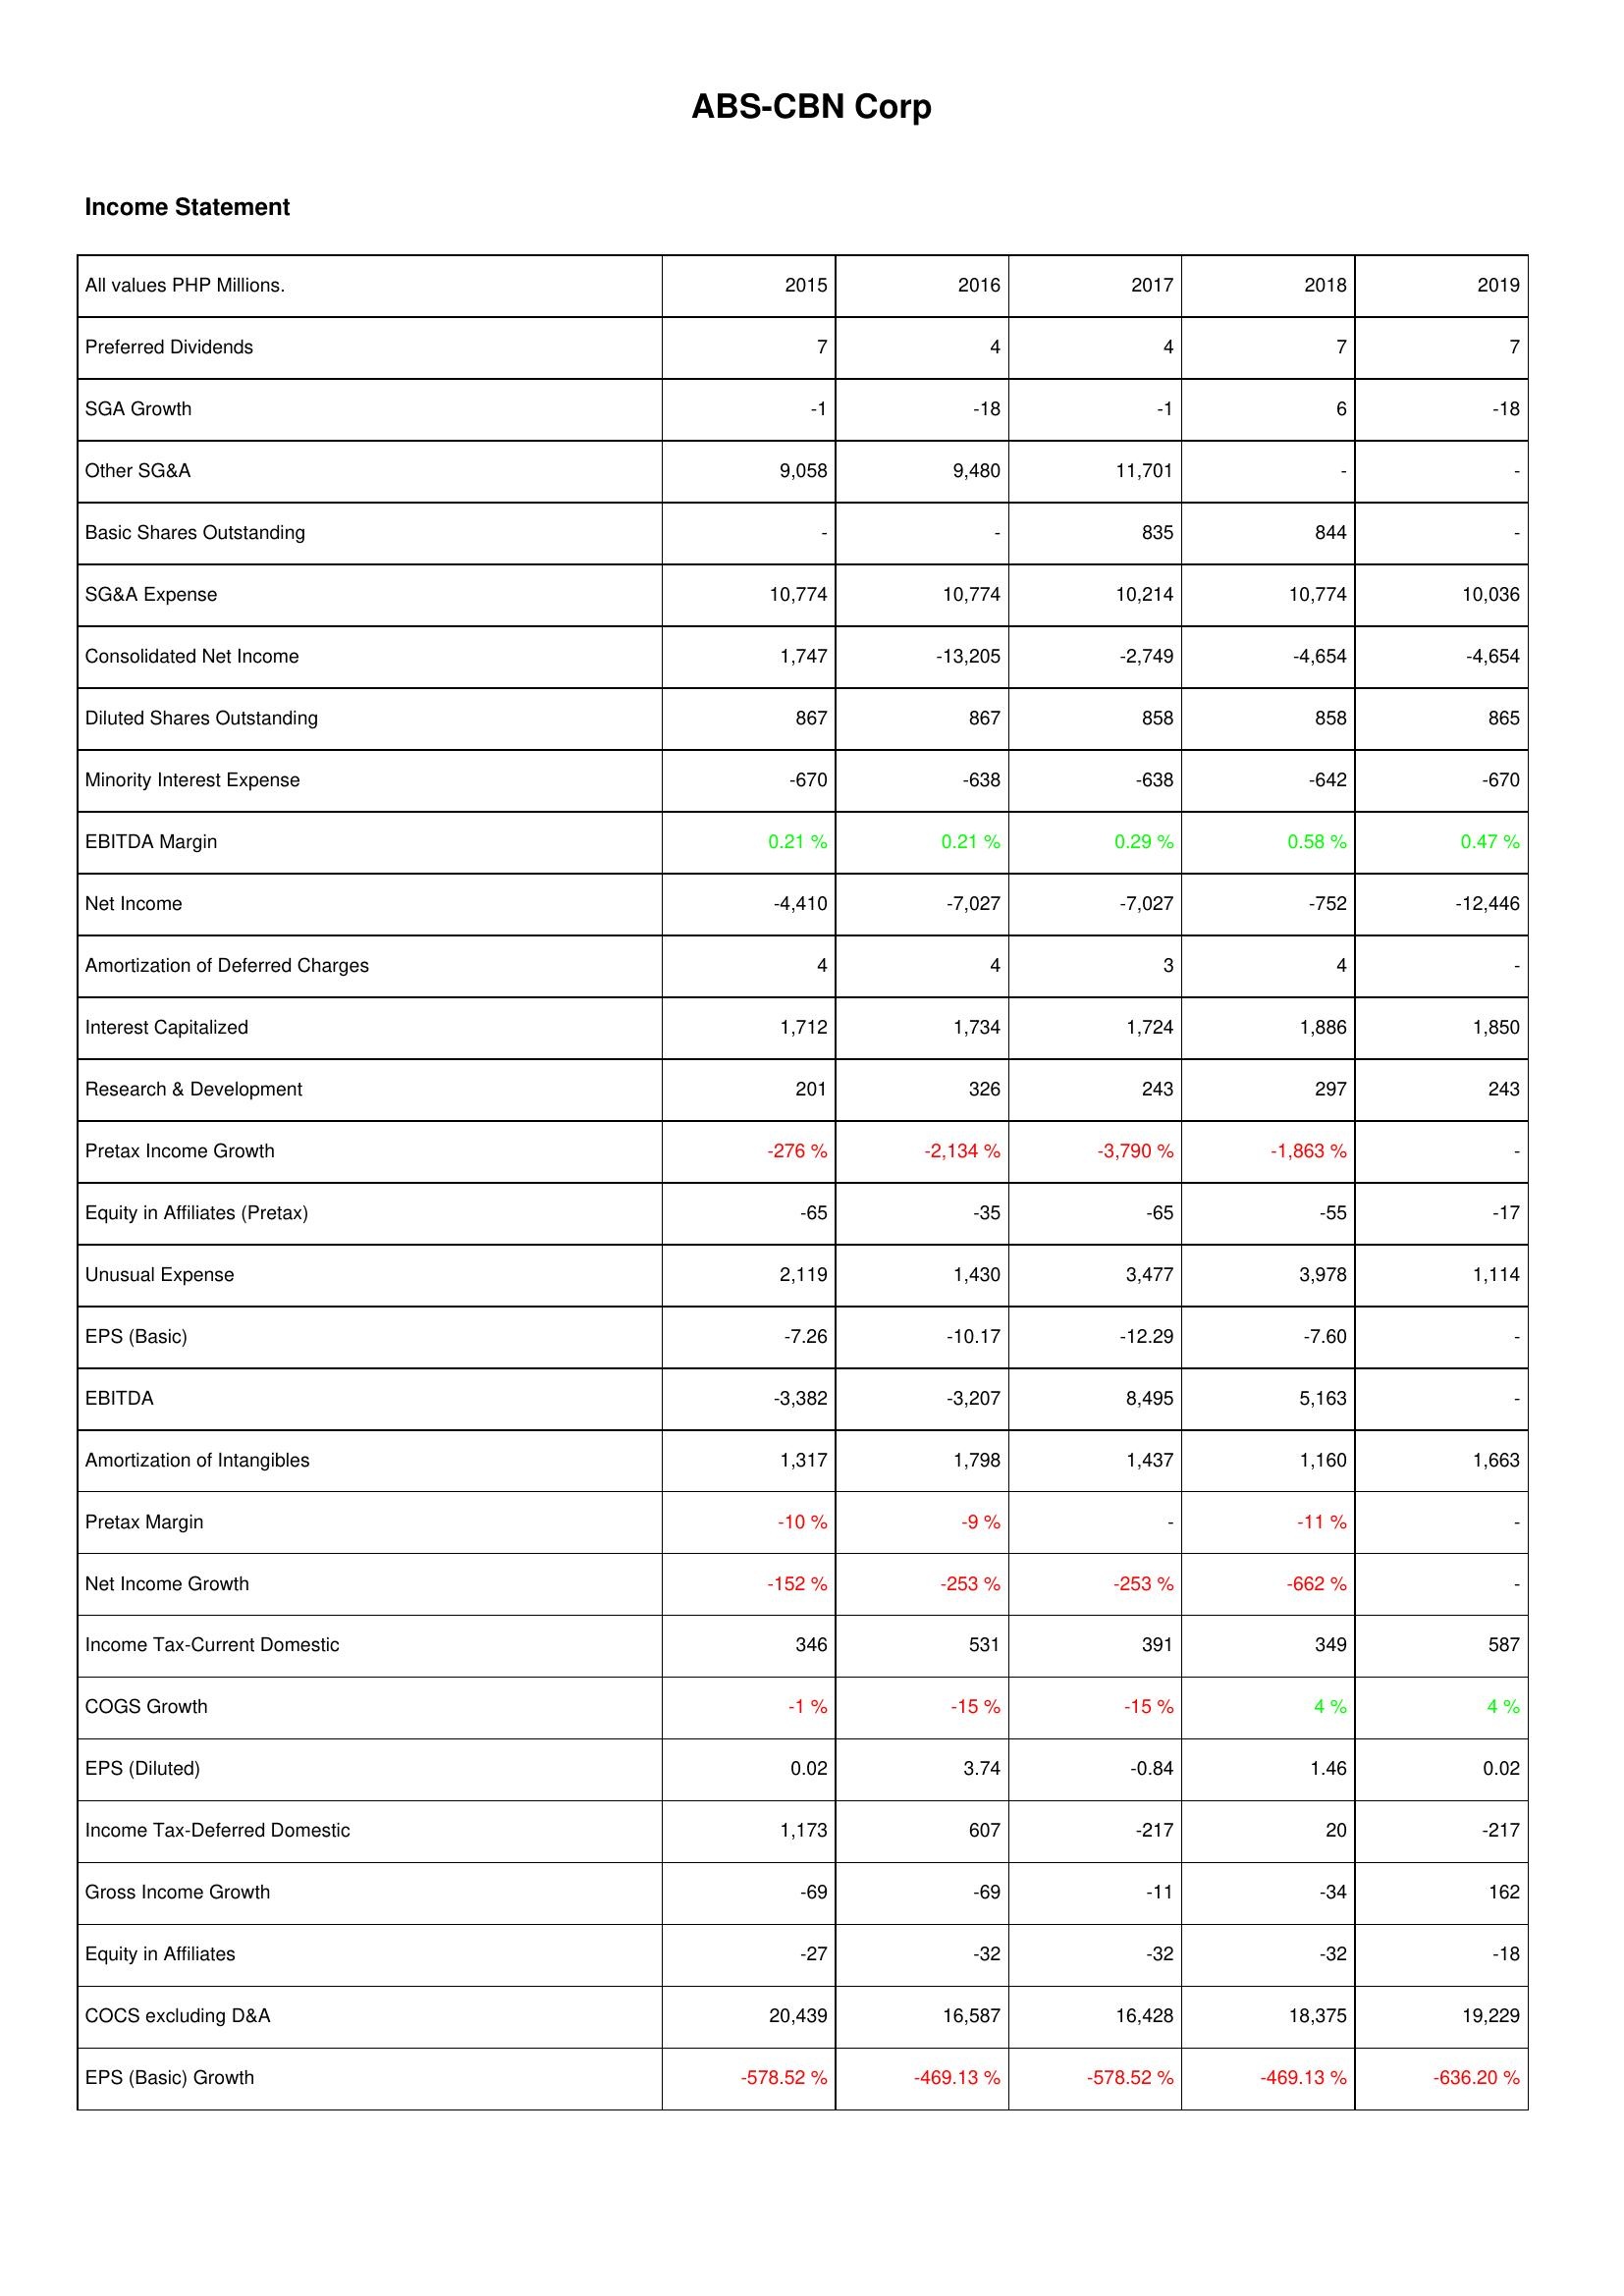
2015: Income Statement: Preferred Dividends: 7
SGA Growth: -1
Other SG&A: 9,058
Basic Shares Outstanding: -
SG&A Expense: 10,774
Consolidated Net Income: 1,747
Diluted Shares Outstanding: 867
Minority Interest Expense: -670
EBITDA Margin: 0.21 %
Net Income: -4,410
Amortization of Deferred Charges: 4
Interest Capitalized: 1,712
Research & Development: 201
Pretax Income Growth: -276 %
Equity in Affiliates (Pretax): -65
Unusual Expense: 2,119
EPS (Basic): -7.26
EBITDA: -3,382
Amortization of Intangibles: 1,317
Pretax Margin: -10 %
Net Income Growth: -152 %
Income Tax-Current Domestic: 346
COGS Growth: -1 %
EPS (Diluted): 0.02
Income Tax-Deferred Domestic: 1,173
Gross Income Growth: -69
Equity in Affiliates: -27
COCS excluding D&A: 20,439
EPS (Basic) Growth: -578.52 %
2016: Income Statement: Preferred Dividends: 4
SGA Growth: -18
Other SG&A: 9,480
Basic Shares Outstanding: -
SG&A Expense: 10,774
Consolidated Net Income: -13,205
Diluted Shares Outstanding: 867
Minority Interest Expense: -638
EBITDA Margin: 0.21 %
Net Income: -7,027
Amortization of Deferred Charges: 4
Interest Capitalized: 1,734
Research & Development: 326
Pretax Income Growth: -2,134 %
Equity in Affiliates (Pretax): -35
Unusual Expense: 1,430
EPS (Basic): -10.17
EBITDA: -3,207
Amortization of Intangibles: 1,798
Pretax Margin: -9 %
Net Income Growth: -253 %
Income Tax-Current Domestic: 531
COGS Growth: -15 %
EPS (Diluted): 3.74
Income Tax-Deferred Domestic: 607
Gross Income Growth: -69
Equity in Affiliates: -32
COCS excluding D&A: 16,587
EPS (Basic) Growth: -469.13 %
2017: Income Statement: Preferred Dividends: 4
SGA Growth: -1
Other SG&A: 11,701
Basic Shares Outstanding: 835
SG&A Expense: 10,214
Consolidated Net Income: -2,749
Diluted Shares Outstanding: 858
Minority Interest Expense: -638
EBITDA Margin: 0.29 %
Net Income: -7,027
Amortization of Deferred Charges: 3
Interest Capitalized: 1,724
Research & Development: 243
Pretax Income Growth: -3,790 %
Equity in Affiliates (Pretax): -65
Unusual Expense: 3,477
EPS (Basic): -12.29
EBITDA: 8,495
Amortization of Intangibles: 1,437
Pretax Margin: -
Net Income Growth: -253 %
Income Tax-Current Domestic: 391
COGS Growth: -15 %
EPS (Diluted): -0.84
Income Tax-Deferred Domestic: -217
Gross Income Growth: -11
Equity in Affiliates: -32
COCS excluding D&A: 16,428
EPS (Basic) Growth: -578.52 %
2018: Income Statement: Preferred Dividends: 7
SGA Growth: 6
Other SG&A: -
Basic Shares Outstanding: 844
SG&A Expense: 10,774
Consolidated Net Income: -4,654
Diluted Shares Outstanding: 858
Minority Interest Expense: -642
EBITDA Margin: 0.58 %
Net Income: -752
Amortization of Deferred Charges: 4
Interest Capitalized: 1,886
Research & Development: 297
Pretax Income Growth: -1,863 %
Equity in Affiliates (Pretax): -55
Unusual Expense: 3,978
EPS (Basic): -7.60
EBITDA: 5,163
Amortization of Intangibles: 1,160
Pretax Margin: -11 %
Net Income Growth: -662 %
Income Tax-Current Domestic: 349
COGS Growth: 4 %
EPS (Diluted): 1.46
Income Tax-Deferred Domestic: 20
Gross Income Growth: -34
Equity in Affiliates: -32
COCS excluding D&A: 18,375
EPS (Basic) Growth: -469.13 %
2019: Income Statement: Preferred Dividends: 7
SGA Growth: -18
Other SG&A: -
Basic Shares Outstanding: -
SG&A Expense: 10,036
Consolidated Net Income: -4,654
Diluted Shares Outstanding: 865
Minority Interest Expense: -670
EBITDA Margin: 0.47 %
Net Income: -12,446
Amortization of Deferred Charges: -
Interest Capitalized: 1,850
Research & Development: 243
Pretax Income Growth: -
Equity in Affiliates (Pretax): -17
Unusual Expense: 1,114
EPS (Basic): -
EBITDA: -
Amortization of Intangibles: 1,663
Pretax Margin: -
Net Income Growth: -
Income Tax-Current Domestic: 587
COGS Growth: 4 %
EPS (Diluted): 0.02
Income Tax-Deferred Domestic: -217
Gross Income Growth: 162
Equity in Affiliates: -18
COCS excluding D&A: 19,229
EPS (Basic) Growth: -636.20 %